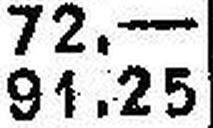
91.25